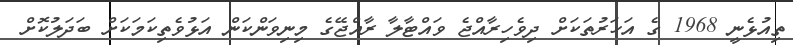
ތިއުޅެނީ 1968 ގެ އަހަރުތަކަށް ދިވެހިރާއްޖެ ވައްޓާލާ ރާއްޖޭގެ މިނިވަންކަން އަޅުވެތިކަމަކަށް ބަދަލުކޮށް